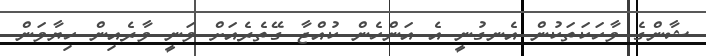
ޝާންގެ ވާހަކަތަކުން އެނގުނީ އެ އަންހެން ކުއްޖާ ގޭތެރެއަށް ވަނީ ވާރެއިން ހިޔާވަން